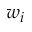
w _ { i }